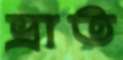
ভ্রাত